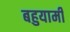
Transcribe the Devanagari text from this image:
बहुयामी